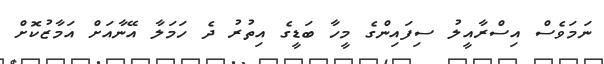
ނަމަވެސް އިސްރާއީލު ސިފައިންގެ މީހާ ބަޑީގެ އިތުރު ދެ ހަމަލާ އޭނާއަށް އަމާޒުކޮށް